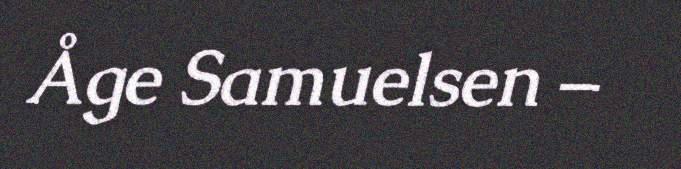
Åge Samuelsen –